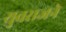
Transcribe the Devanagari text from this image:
युवराजने